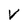
Character: V